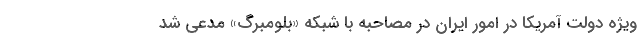
ویژه دولت آمریکا در امور ایران در مصاحبه با شبکه «بلومبرگ» مدعی شد